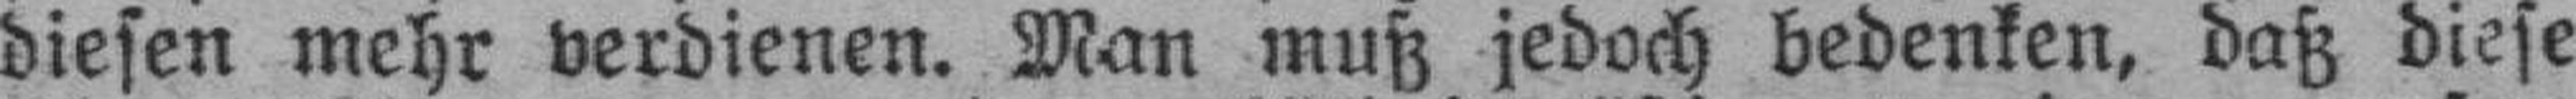
diesen mehr verdienen. Man muß jedoch bedenken, daß diese